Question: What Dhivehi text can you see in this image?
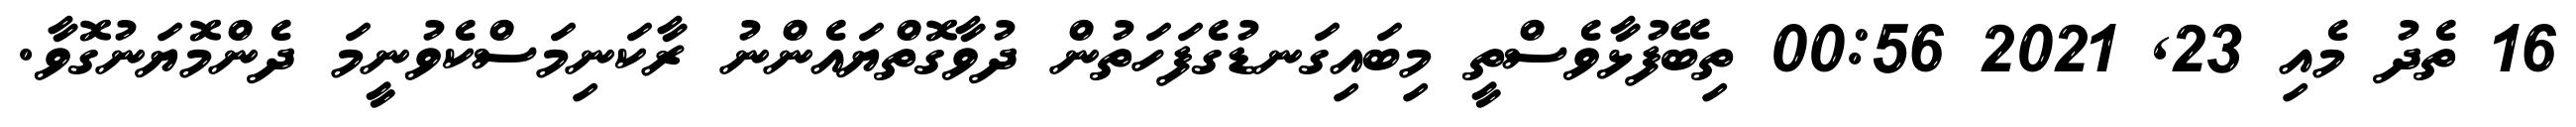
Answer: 16 ތެދު މެއި 23, 2021 00:56 ތިބޭފުޅާވެސްތީ މިބައިގަނޑުގެފަހަތުން ދުވާގޮތްޔައެންނު ރާކަނިމަސްކެވުނީމަ ދެންމޮޔަނުގޮވާ.